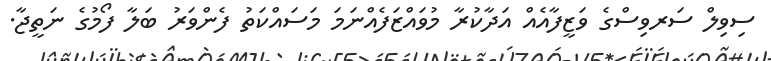
ސިވިލް ސަރވިސްގެ ވަޒީފާއެއް އަދާކުރާ މުވައްޒަފެއްނަމަ މަސައްކަތު ފެންވަރު ބަލާ ފޯމުގެ ނަތީޖާ.